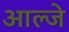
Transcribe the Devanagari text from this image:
आल्जे